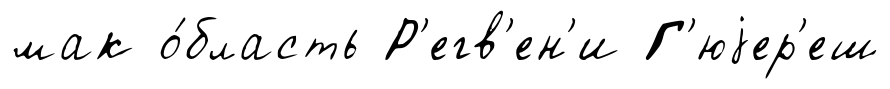
мак о́бласть Р'егв'ен'и Г'юjер'еш